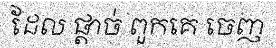
ដែល ផ្តាច់ ពួកគេ ចេញ